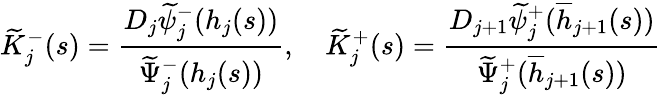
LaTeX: \widetilde{K}_{j}^{-}(s)=\frac{D_{j}\widetilde{\psi}_{j}^{-}(h_{j}(s))}{\widetilde{\Psi}_{j}^{-}(h_{j}(s))},\quad\widetilde{K}_{j}^{+}(s)=\frac{D_{j+1}\widetilde{\psi}_{j}^{+}(\overline{{h}}_{j+1}(s))}{\widetilde{\Psi}_{j}^{+}(\overline{{h}}_{j+1}(s))}